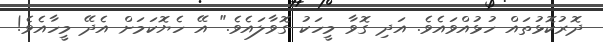
ދޮރުކޮޅުތައް ހުޅުއްވައެވެ. އަދި ގޮވާ މީހަކު ގޮވާލައެވެ." އޭ ހެޔޮކަމަށް އެދޭ މީހާއެވެ!